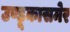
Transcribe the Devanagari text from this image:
उण्डूकासमेर